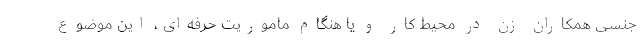
جنسی همکاران زن در محیط کار و یا هنگام ماموریت حرفه‌ای، این موضوع